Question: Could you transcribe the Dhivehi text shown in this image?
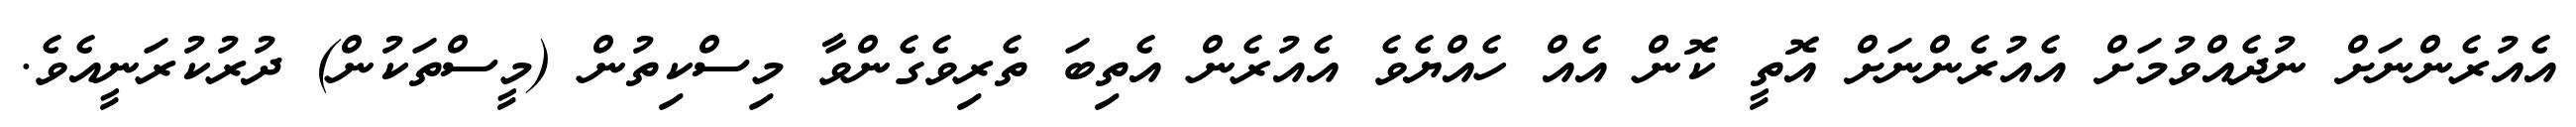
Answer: އެއުރެންނަށް ނުދެއްވުމަށް އެއުރެންނަށް އޮތީ ކޮން އެއް ހެއްޔެވެ އެއުރެން އެތިބަ ތެރިވެގެންވާ މިސްކިތުން (މީސްތަކުން) ދުރުކުރަނީއެވެ.